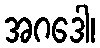
အဂဒေါ၊